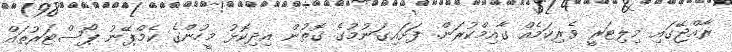
ރާއްޖޭގައި މިލިޓަރީ ވެރިކަމެއް ގާއިމްކުރަން. ފަށައިގަނުމުގެ ގޮތުން އިދިކޮޅު މީހުންގެ ކެމްޕޭނު ޕޯސްޓަރުތައް